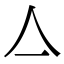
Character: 亼